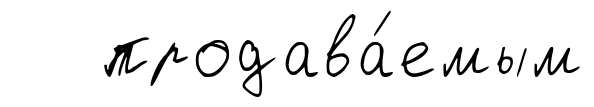
продава́емым